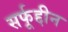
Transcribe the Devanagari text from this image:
सर्फूद्दीन